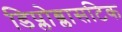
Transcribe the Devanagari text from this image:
डिप्लोब्लासटिक